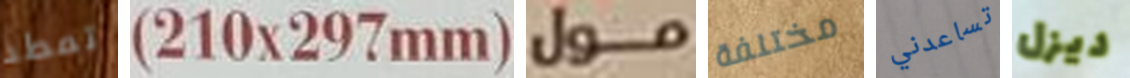
تمطر 210x297mm مول مختلفة تساعدني ديزل